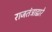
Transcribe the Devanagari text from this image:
राजतंत्राद्वारे